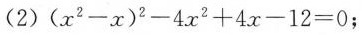
(2)$$(x^{2}-x)^{2}-4x^{2}+4x-12=0 $$；